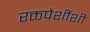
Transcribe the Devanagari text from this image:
रक्तपेशींशी